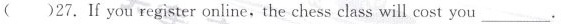
( )27. If you register online, the chess class will cost you ___.